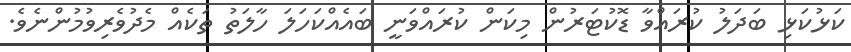
ކަޅުކަޅި ބަދަލު ކުރައްވާ ޑޮކުޓަރުން މިކަން ކުރައްވަނީ ބައެއްކަހަލަ ހާލަތު ތަކެއް މެދުވެރިވުމުންނެވެ.